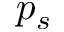
p _ { s }